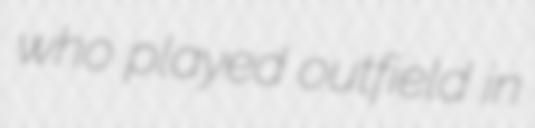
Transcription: who played outfield in